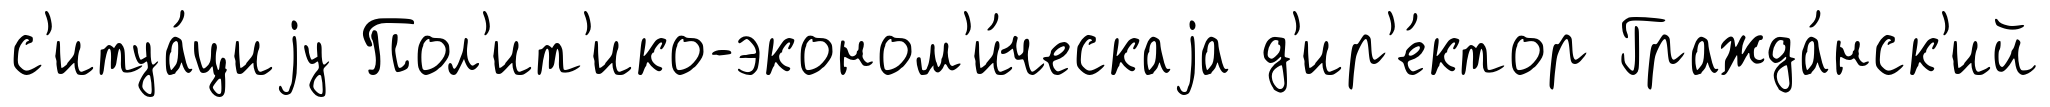
с'итуа́циjу Пол'ит'ико-эконом'и́ческаjа д'ир'е́ктор Гражда́нск'ий